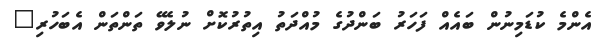
އެންމެ ކުޑަމިނުން ބައެއް ފަހަރު ބަންދުގެ މުއްދަތު އިތުރުކޮށް ނުލެވޭ ތަންތަން އެބަހުރި"